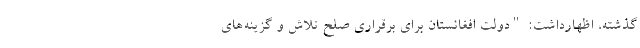
گذشته، اظهارداشت: "دولت افغانستان برای برقراری صلح تلاش و گزینه‌های